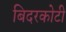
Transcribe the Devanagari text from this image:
बिदरकोटी